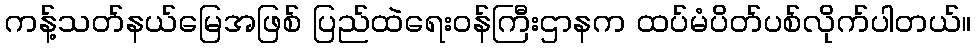
ကန့်သတ်နယ်မြေအဖြစ် ပြည်ထဲရေးဝန်ကြီးဌာနက ထပ်မံပိတ်ပစ်လိုက်ပါတယ်။